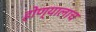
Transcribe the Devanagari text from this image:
होण्यालाच